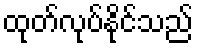
ထုတ်လုပ်နိုင်သည်